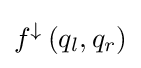
f^{\downarrow }\left(q_{l},q_{r}\right)